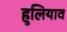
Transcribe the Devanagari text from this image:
हुलियाव